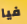
فيا